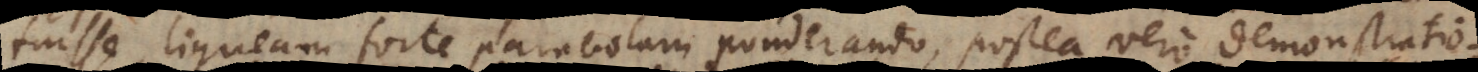
fuisse, ligneam forte parabolam ponderando, postea vero demonstratio